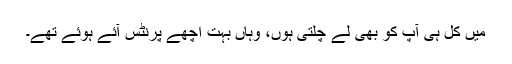
میں کل ہی آپ کو بھی لے چلتی ہوں، وہاں بہت اچھے پرنٹس آئے ہوئے تھے۔